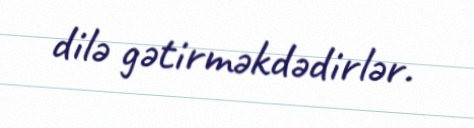
dilə gətirməkdədirlər.